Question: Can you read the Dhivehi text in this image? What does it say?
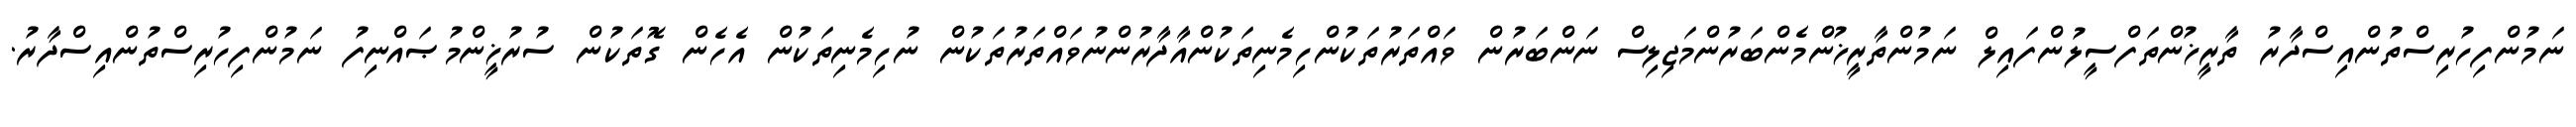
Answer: ނަމުންފިހުރިސްތުންއިސްދާރު ތާރީޚުންތަފްސީލުންފައިލް ނަމުންތާރީޚުންމެންބަރުންމަޖިލިސް ނަންބަރުން ވައްތަރުތަކުންހިމެނިތަކުންއާދާރުންނުވައްތަރުތަކުން ނުހިމެނިތަކުން އެހެން ގޮތަކުން ސުރުޚީންމުޞައްނިފު ނަމުންފިހުރިސްތުންއިސްދާރު.